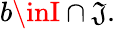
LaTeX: b\inI\cap\mathfrak{J}.